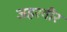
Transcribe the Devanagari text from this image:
जहरवीर